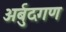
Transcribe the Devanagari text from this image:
अर्बुदगण